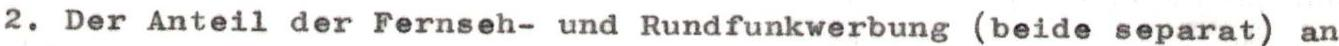
2. Der Anteil der Fernseh- und Rundfunkwerbung (beide separat) an